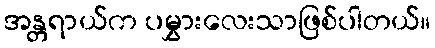
အန္တရာယ်က ပမွှားလေးသာဖြစ်ပါတယ်။